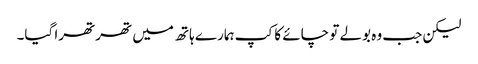
لیکن جب وہ بولے تو چائے کا کپ ہمارے ہاتھ میں تھرتھرا گیا۔